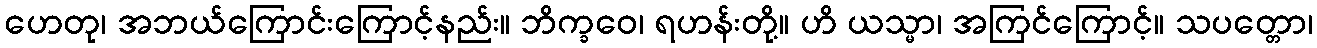
ဟေတု၊ အဘယ်ကြောင်းကြောင့်နည်း။ ဘိက္ခဝေ၊ ရဟန်းတို့။ ဟိ ယသ္မာ၊ အကြင်ကြောင့်။ သပတ္တော၊